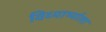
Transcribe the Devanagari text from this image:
विध्यार्थ्याला